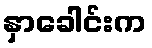
နှာခေါင်းက